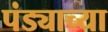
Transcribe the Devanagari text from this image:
पंड्याच्या